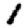
Digit: 1